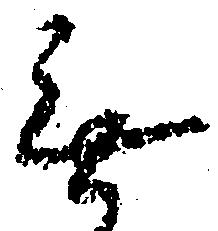
無